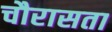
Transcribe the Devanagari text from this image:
चौरासता